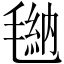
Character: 𪵠